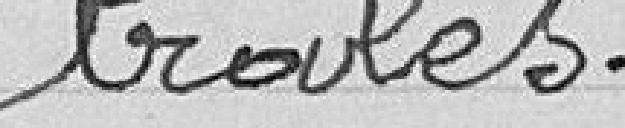
trales,